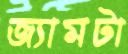
জ্যামটা